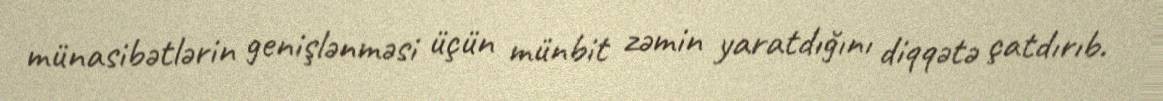
münasibətlərin genişlənməsi üçün münbit zəmin yaratdığını diqqətə çatdırıb.